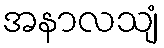
အနာလသျံ